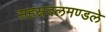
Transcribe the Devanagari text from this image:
सहस्रदलमण्डले